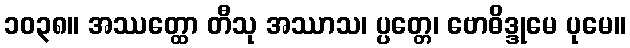
၁၀၃၈။ အဿတ္ထော တီသု အဿာသ၊ ပ္ပတ္တေ၊ ဗောဓိဒ္ဒုမေ ပုမေ။